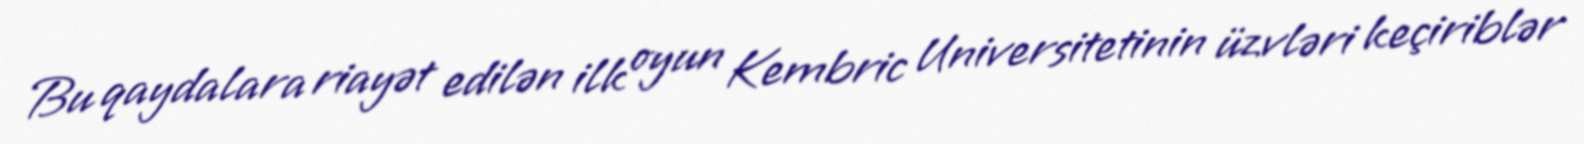
Bu qaydalara riayət edilən ilk oyun Kembric Universitetinin üzvləri keçiriblər